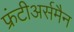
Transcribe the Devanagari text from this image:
फ्रंटीअर्समैन